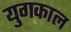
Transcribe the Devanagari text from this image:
युगकाल